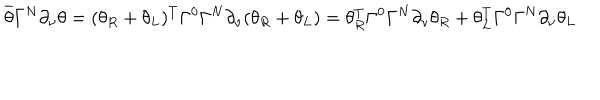
LaTeX: \overline { { { \theta } } } \Gamma ^ { N } \partial _ { \nu } \theta = ( \theta _ { R } + \theta _ { L } ) ^ { T } \Gamma ^ { 0 } \Gamma ^ { N } \partial _ { \nu } ( \theta _ { R } + \theta _ { L } ) = \theta _ { R } ^ { T } \Gamma ^ { 0 } \Gamma ^ { N } \partial _ { \nu } \theta _ { R } + \theta _ { L } ^ { T } \Gamma ^ { 0 } \Gamma ^ { N } \partial _ { \nu } \theta _ { L }